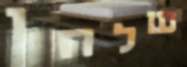
שלחו